Indian journal of veterinary science and animal husbandry - Volumes 28-29, 1958-1959
Year: 1958
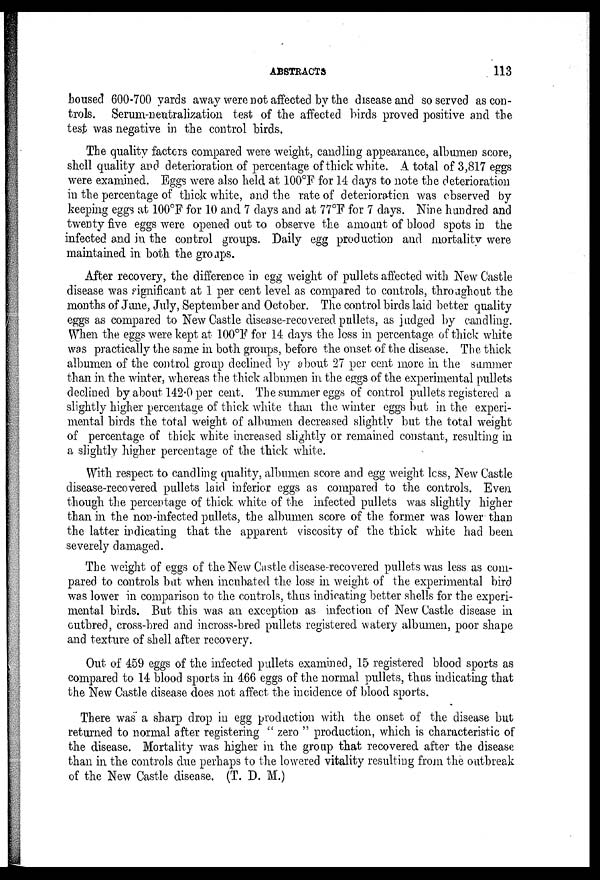
ABSTRACTS
113
housed 600-700 yards away were not affected by the disease and so served as con-
trols. Serum-neutralization test of the affected birds proved positive and the
test was negative in the control birds.
The quality factors compared were weight, candling appearance, albumen score,
shell quality and deterioration of percentage of thick white. A total of 3,817 eggs
were examined. Eggs were also held at 100°F for 14 days to note the deterioration
in the percentage of thick white, and the rate of deterioration was observed by
keeping eggs at 100°F for 10 and 7 days and at 77°F for 7 days. Nine hundred and
twenty five eggs were opened out to observe the amount of blood spots in the
infected and in the control groups. Daily egg production and mortality were
maintained in both the groups.
After recovery, the difference in egg weight of pullets affected with New Castle
disease was significant at 1 per cent level as compared to controls, throughout the
months of June, July, September and October. The control birds laid better quality
eggs as compared to New Castle disease-recovered pullets, as judged by candling.
When the eggs were kept at 100°F for 14 days the loss in percentage of thick white
was practically the same in both groups, before the onset of the disease. The thick
albumen of the control group declined by about 27 per cent more in the summer
than in the winter, whereas the thick albumen in the eggs of the experimental pullets
declined by about 142.0 per cent. The summer eggs of control pullets registered a
slightly higher percentage of thick white than the winter eggs but in the experi-
mental birds the total weight of albumen decreased slightly but the total weight
of percentage of thick white increased slightly or remained constant, resulting in
a slightly higher percentage of the thick white.
With respect to candling quality, albumen score and egg weight less, New Castle
disease-recovered pullets laid inferior eggs as compared to the controls. Even
though the percentage of thick white of the infected pullets was slightly higher
than in the non-infected pullets, the albumen score of the former was lower than
the latter indicating that the apparent viscosity of the thick white had been
severely damaged.
The weight of eggs of the New Castle disease-recovered pullets was less as com-
pared to controls but when incubated the loss in weight of the experimental bird
was lower in comparison to the controls, thus indicating better shells for the experi-
mental birds. But this was an exception as infection of New Castle disease in
cutbred, cross-bred and incross-bred pullets registered watery albumen, poor shape
and texture of shell after recovery.
Out of 459 eggs of the infected pullets examined, 15 registered blood sports as
compared to 14 blood sports in 466 eggs of the normal pullets, thus indicating that
the New Castle disease does not affect the incidence of blood sports.
There was a sharp drop in egg production with the onset of the disease but
returned to normal after registering " zero " production, which is characteristic of
the disease. Mortality was higher in the group that recovered after the disease
than in the controls due perhaps to the lowered vitality resulting from the outbreak
of the New Castle disease. (T. D. M.)